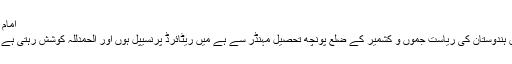
امام خمینی(رح) اہل سنت کے بھی امام تھے
میرا نام سید نذیر حسین شاہ ہے میرا تعلق ہندوستان کی ریاست جموں و کشمیر کے ضلع پونچھ تحصیل مہنڈر سے ہے میں ریٹائرڈ پرنسیپل ہوں اور الحمدللہ کوشش رہتی ہے کے دینی امور میں بھی حصہ لیا جاے ۔